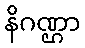
နိဂဏ္ဌာ